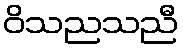
ဝိသညသညီ